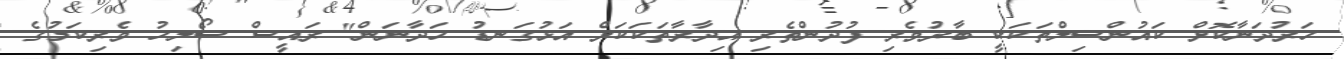
ހަރުދަނާކޮށް ކައުންސިލްތަކަކީ ބާރުވެރި ފުދުންތެރި އިދާރާތަކަކަށް އަޅުގަނޑު ހަދާނަން" ރައީސް ސޯލިހު ވެރިކަމުގެ